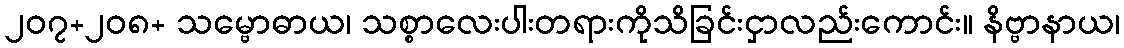
၂၀၇+၂၀၈+ သမ္ဗောဓာယ၊ သစ္စာလေးပါးတရားကိုသိခြင်းငှာလည်းကောင်း။ နိဗ္ဗာနာယ၊